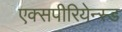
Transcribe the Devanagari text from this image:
एक्सपीरियेन्स्ड